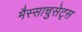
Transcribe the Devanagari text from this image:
मैस्साचुसेट्स